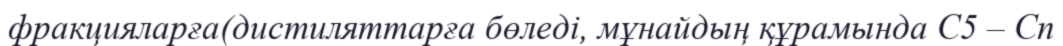
фракцияларға(дистиляттарға бөледі, мұнайдың құрамында С5 – Сn